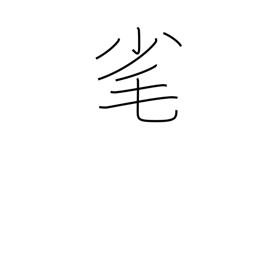
Meaning: pluck